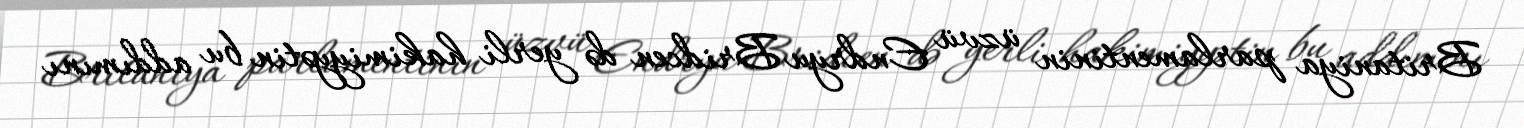
Britaniya parlamentinin üzvü Endryu Bridcen də yerli hakimiyyətin bu addımını